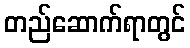
တည်ဆောက်ရာတွင်